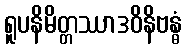
ရူပနိမိတ္တဿာဒဝိနိဗန္ဓံ